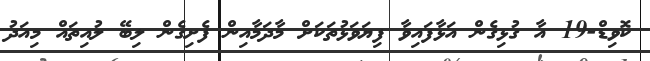
ކޮވިޑް-19 އާ ގުޅިގެން އަޅާފައިވާ ފިޔަވަޅުތަކަށް މާދަމާއިން ފެށިގެން ލިބޭ ލުއިތައް މިއަދު